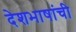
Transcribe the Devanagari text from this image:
देशभाषांची